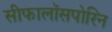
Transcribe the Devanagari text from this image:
सीफालॉसपोरिन